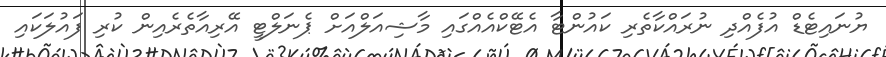
ޔުނައިޓެޑް އުފެއްދި ނުރައްކާތެރި ކައުންޓާ އެޓޭކްއެއްގައި މާޝިއަލްއަށް ޕެނަލްޓީ އޭރިއާތެރެއިން ކުރި ފައުލަކައި